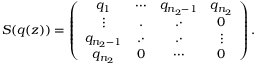
S ( q ( z ) ) = \left( \begin{array} { c c c c } { q _ { 1 } } & { \cdots } & { q _ { n _ { 2 } - 1 } } & { q _ { n _ { 2 } } } \\ { \vdots } & { . } & { . \cdot } & { 0 } \\ { q _ { n _ { 2 } - 1 } } & { . \cdot } & { . \cdot } & { \vdots } \\ { q _ { n _ { 2 } } } & { 0 } & { \cdots } & { 0 } \end{array} \right) .